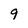
Character: 9